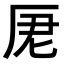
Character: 𠩑